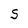
Character: S